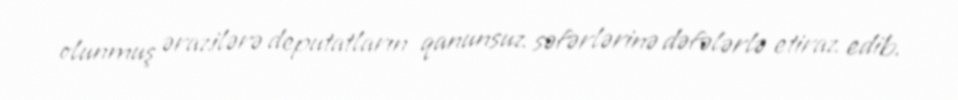
olunmuş ərazilərə deputatların qanunsuz səfərlərinə dəfələrlə etiraz edib.